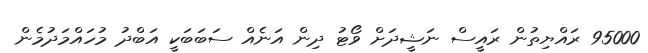
95000 ރައްޔިތުން ރައީސް ނަޝީދަށް ވޯޓު ދިން އަނެއް ސަބަބަކީ އަބްދު މުހައްމަދުމެން